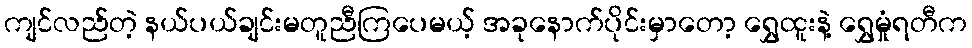
ကျင်လည်တဲ့ နယ်ပယ်ချင်းမတူညီကြပေမယ့် အခုနောက်ပိုင်းမှာတော့ ရွှေထူးနဲ့ ရွှေမှုံရတီက